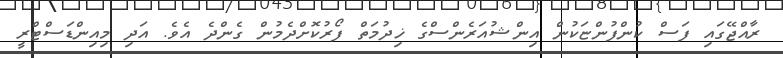
ރާއްޖޭގައި ފަސް ކުންފުންޏަކުން އިންޝުއަރެންސްގެ ޚިދުމަތް ފޯރުކޮށްދެމުން ގެންދެ އެވެ. އަދި މިއިންޑަސްޓްރީ